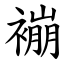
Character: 䙖